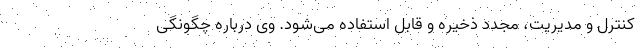
کنترل و مدیریت، مجدد ذخیره و قابل استفاده می‌شود. وی درباره چگونگی